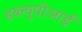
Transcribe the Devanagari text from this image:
डब्ल्यूपीआई